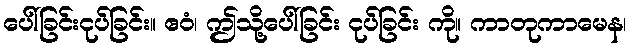
ပေါ်ခြင်းငုပ်ခြင်း။ ဧဝံ၊ ဤသို့ပေါ်ခြင်း ငုပ်ခြင်း ကို။ ကာတုကာမေန၊